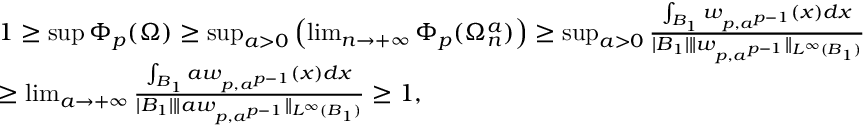
\begin{array} { r l } & { 1 \ge \operatorname* { s u p } \Phi _ { p } ( \Omega ) \ge \operatorname* { s u p } _ { a > 0 } \left( \operatorname* { l i m } _ { n \to + \infty } \Phi _ { p } ( \Omega _ { n } ^ { a } ) \right) \ge \operatorname* { s u p } _ { a > 0 } \frac { \int _ { B _ { 1 } } w _ { p , a ^ { p - 1 } } ( x ) d x } { | B _ { 1 } | \| w _ { p , a ^ { p - 1 } } \| _ { L ^ { \infty } ( B _ { 1 } ) } } } \\ & { \ge \operatorname* { l i m } _ { a \to + \infty } \frac { \int _ { B _ { 1 } } a w _ { p , a ^ { p - 1 } } ( x ) d x } { | B _ { 1 } | \| a w _ { p , a ^ { p - 1 } } \| _ { L ^ { \infty } ( B _ { 1 } ) } } \ge 1 , } \end{array}